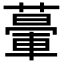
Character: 𦾥